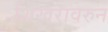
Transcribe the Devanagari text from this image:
शिखरावरुन